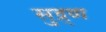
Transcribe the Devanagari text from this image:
सुद्र्ण